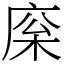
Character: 庺